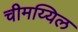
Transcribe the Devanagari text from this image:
चीमय्यिल